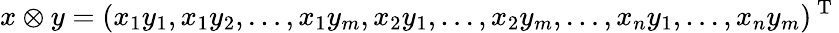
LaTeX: x\otimes y=(x_{1}y_{1},x_{1}y_{2},\ldots,x_{1}y_{m},x_{2}y_{1},\ldots,x_{2}y_{m},\ldots,x_{n}y_{1},\ldots,x_{n}y_{m})^{\mathrm{~T~}}